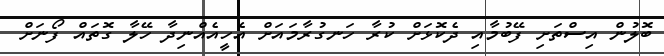
ބޮލުން އިސްތަށި ފޭބުމާއި ދެކޮޅަށް ކުރާ ހަނގުރާމައަށް އެހީއެއްނިދާ ހޭލާ ގޮތައް ފޯނަށް